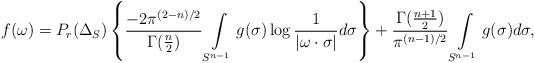
LaTeX: \begin{align*} f(\omega)=P_r(\Delta_S)\left\{\frac{-2\pi^{(2-n)/2}}{\Gamma(\frac{n}{2})}\int\limits_{S^{n-1}}g(\sigma)\log{\frac{1}{|\omega\cdot \sigma|}}d\sigma \right\} +\frac{\Gamma(\frac{n+1}{2})}{\pi^{(n-1)/2}}\int\limits_{S^{n-1}}g(\sigma)d\sigma, \end{align*}